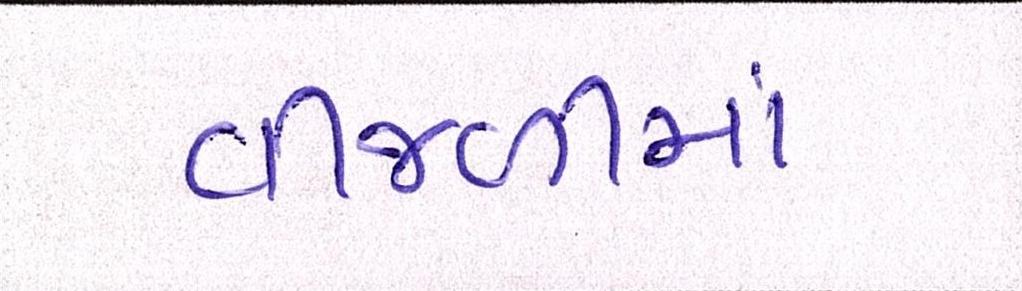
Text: વીજળીમાં